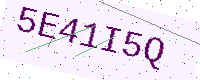
Text: 5E41I5Q